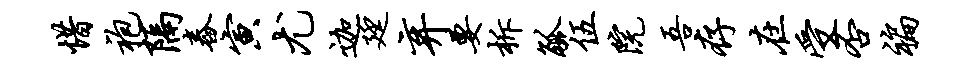
惜袍隔舂寅尤迦廷弃要柝觚伍院吾存在受否褊